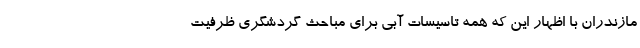
مازندران با اظهار این که همه تاسیسات آبی برای مباحث گردشگری ظرفیت